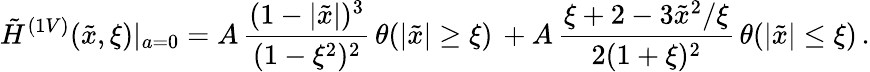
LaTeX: \tilde{H}^{(1V)}(\tilde{x},\xi)|_{a=0}=A\, \frac{(1-|\tilde{x}|)^{3}}{(1-\xi^{2})^{2}}\, \theta(|\tilde{x}|\geq\xi)\, +A\, \frac{\xi+2-3\tilde{x}^{2}/\xi}{2(1+\xi)^{2}}\, \theta(|\tilde{x}|\leq\xi)\, .